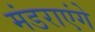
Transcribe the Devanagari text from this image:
मंडराएंगे